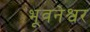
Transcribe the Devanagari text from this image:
भूवनेश्वर